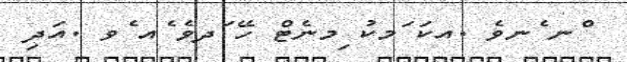
ްނ ެނވެެ .އކަ ަމކު ިމނެޓް ހޭ ަދވެ ެއ ެވ .އަދި